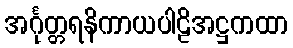
အင်္ဂုတ္တရနိကာယပါဠိအဋ္ဌကထာ